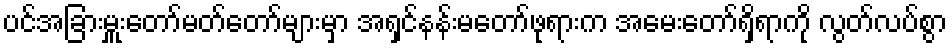
ပင်အခြားမှူးတော်မတ်တော်များမှာ အရှင်နန်းမတော်ဖုရားက အမေးတော်ရှိရာကို လွတ်လပ်စွာ